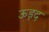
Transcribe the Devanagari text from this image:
ऊड़द